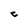
Character: c